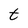
Character: t